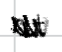
Text: at
Cross-out: zig-zag
Writing tool: digital_black